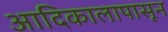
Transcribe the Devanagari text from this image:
आदिकालापासून